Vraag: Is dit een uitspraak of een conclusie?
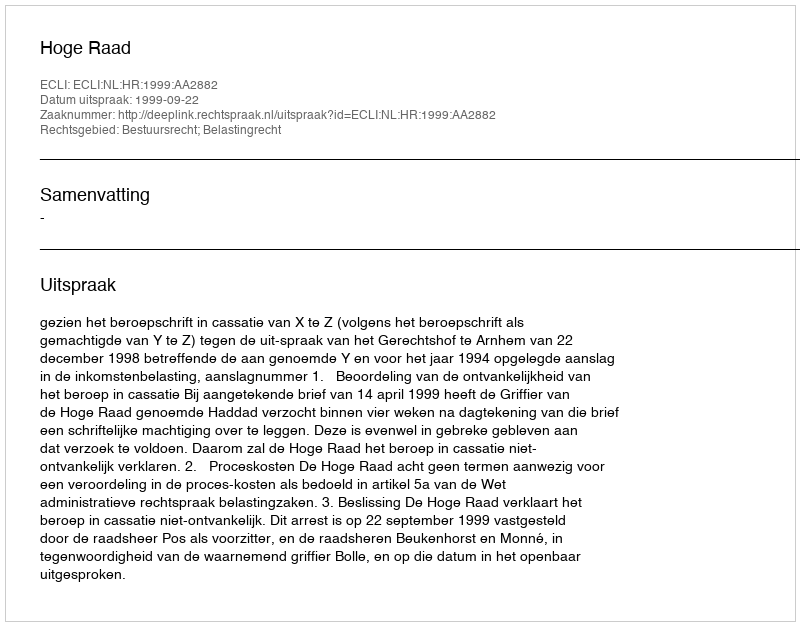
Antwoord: Uitspraak